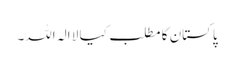
پاکستان کا مطلب کیا لا الہ اللہ۔